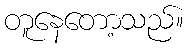
တူနေတော့သည်။